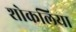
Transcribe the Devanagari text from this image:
शोकलिया